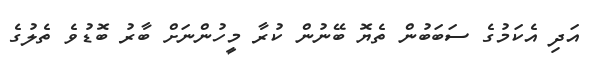
އަދި އެކަމުގެ ސަބަބުން ތެޔޮ ބޭނުން ކުރާ މީހުންނަށް ބާރު ބޮޑުވެ ތެލުގެ